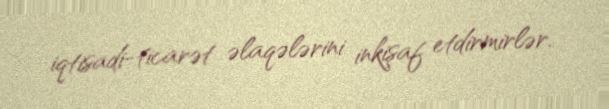
iqtisadi-ticarət əlaqələrini inkişaf etdirmirlər.